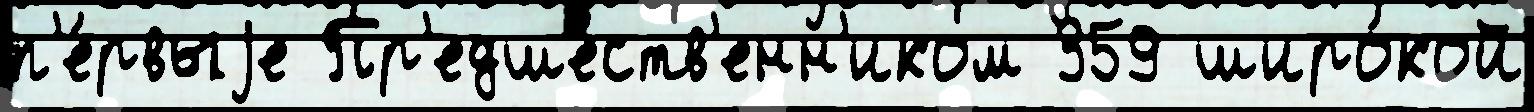
п'е́рвыjе Пр'едше́ств'енн'иком 359 широ́кой